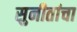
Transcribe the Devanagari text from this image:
सुनीतांचा